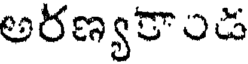
అరణ్యకాండ